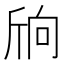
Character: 𣂝